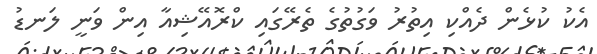
އެކު ކުޅެން ދެއްކި އިތުރު ވަގުތުގެ ތެރޭގައި ކްރޮއޭޝިއާ އިން ވަނީ ލަނޑު